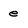
Character: e